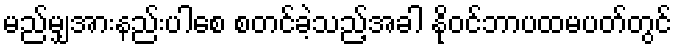
မည်မျှအားနည်းပါစေ စတင်ခဲ့သည့်အခါ နိုဝင်ဘာပထမပတ်တွင်